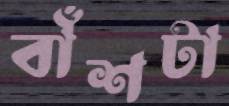
বাঁশটা